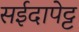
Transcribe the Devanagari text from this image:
सईदापेट्ट